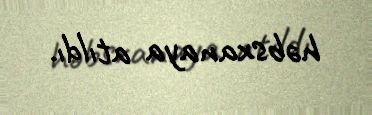
həbsxanaya atıldı.